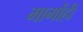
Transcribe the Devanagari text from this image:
मार्गोही